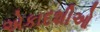
એકાદશીઓ